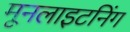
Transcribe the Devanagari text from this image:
मूनलाइटनिंग